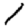
Digit: 1